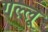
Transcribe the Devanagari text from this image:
गल्लू